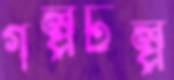
গল্পটল্প